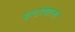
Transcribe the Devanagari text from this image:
डाटोंवाला